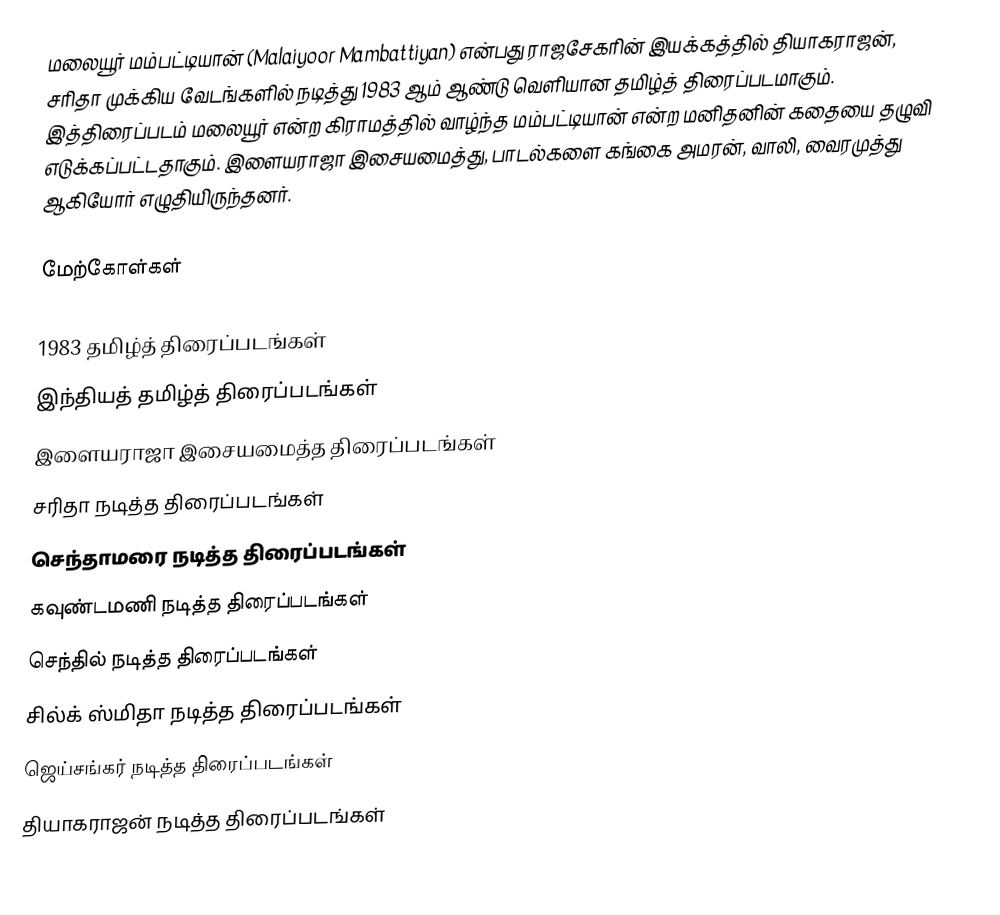
மலையூர் மம்பட்டியான்  (Malaiyoor Mambattiyan) என்பது ராஜசேகரின் இயக்கத்தில் தியாகராஜன், சரிதா முக்கிய வேடங்களில் நடித்து 1983 ஆம் ஆண்டு வெளியான தமிழ்த் திரைப்படமாகும். இத்திரைப்படம் மலையூர் என்ற கிராமத்தில் வாழ்ந்த மம்பட்டியான் என்ற மனிதனின் கதையை தழுவி எடுக்கப்பட்டதாகும். இளையராஜா இசையமைத்து, பாடல்களை கங்கை அமரன், வாலி, வைரமுத்து ஆகியோர் எழுதியிருந்தனர்.

மேற்கோள்கள்

1983 தமிழ்த் திரைப்படங்கள்
இந்தியத் தமிழ்த் திரைப்படங்கள்
இளையராஜா இசையமைத்த திரைப்படங்கள்
சரிதா நடித்த திரைப்படங்கள்
செந்தாமரை நடித்த திரைப்படங்கள்
கவுண்டமணி நடித்த திரைப்படங்கள்
செந்தில் நடித்த திரைப்படங்கள்
சில்க் ஸ்மிதா நடித்த திரைப்படங்கள்
ஜெய்சங்கர் நடித்த திரைப்படங்கள்
தியாகராஜன் நடித்த திரைப்படங்கள்